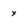
Character: x